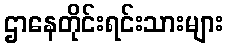
ဌာနေတိုင်းရင်းသားများ